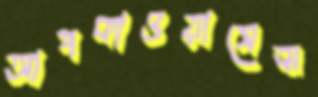
আপকাওয়াসেত্ম